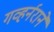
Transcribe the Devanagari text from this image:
गव्हर्नराने